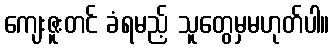
ကျေးဇူးတင် ခံရမည့် သူတွေမှမဟုတ်ပါ။